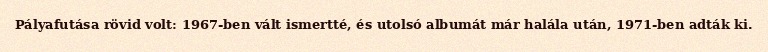
Pályafutása rövid volt: 1967-ben vált ismertté, és utolsó albumát már halála után, 1971-ben adták ki.